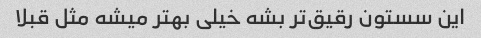
این سستون رقیق‌تر بشه خیلی بهتر میشه مثل قبلا